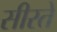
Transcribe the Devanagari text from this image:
सीरते